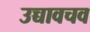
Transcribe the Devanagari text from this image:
उच्चावचव